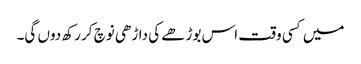
میں کسی وقت اس بوڑھے کی داڑھی نوچ کر رکھ دوں گی۔